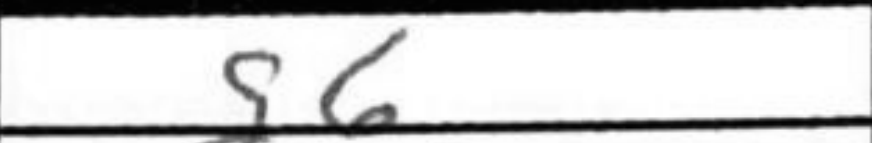
Transcription: g6